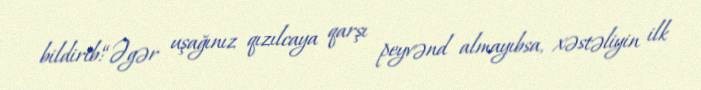
bildirib:“Əgər uşağınız qızılcaya qarşı peyvənd almayıbsa, xəstəliyin ilk